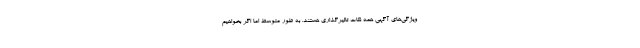
ویژگی‌های آگهی همه نکات تاثیرگذاری هستند. به طور متوسط اما اگر بخواهیم